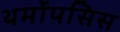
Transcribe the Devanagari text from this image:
थर्मोपसिस